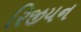
રિજીયન